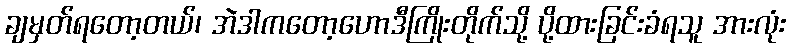
ချမှတ်ရတော့တယ်၊ အဲဒါကတော့ဟောဒီကြိုးတိုက်သို့ ပို့ထားခြင်းခံရသူ အားလုံး